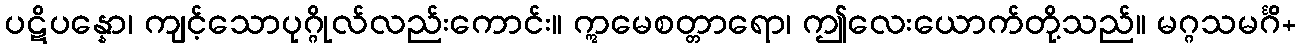
ပဋိပန္နော၊ ကျင့်သောပုဂ္ဂိုလ်လည်းကောင်း။ ဣမေစတ္တာရော၊ ဤလေးယောက်တို့သည်။ မဂ္ဂသမင်္ဂိ+